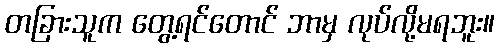
တခြားသူက တွေ့ရင်တောင် ဘာမှ လုပ်လို့မရဘူး။